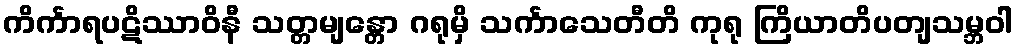
ကိင်္ကာရပဋိဿာဝိနီ သတ္တမျန္တော ဂရုမှိ သင်္ကာသေတီတိ ကုရု ကြိယာတိပတျသမ္ဘဝါ